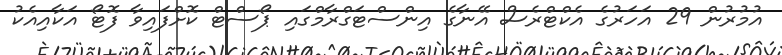
އުމުރުން 29 އަހަރުގެ އެކްޓްރެސް އޭނާގެ އިންސްޓަަގްރާމްގައި ޕޯސްޓް ކޮށްފައިވާ ފޮޓޯ އަކާއިއެކު